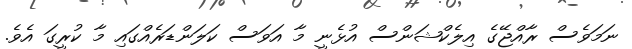
ނަމަވެސް ރާއްޖޭގެ އިލެކްޝަންސް އުޅެނީ މާ އަވަސް ކަލަންޑަރެއްގައި މާ ކުރީގަ އެވެ.